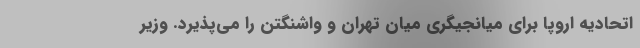
اتحادیه اروپا برای میانجیگری میان تهران و واشنگتن را می‌پذیرد. وزیر